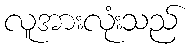
လူအားလုံးသည်